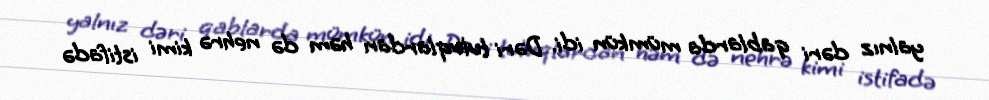
yalnız dəri qablarda mümkün idi. Dəri tuluqlardan həm də nehrə kimi istifadə